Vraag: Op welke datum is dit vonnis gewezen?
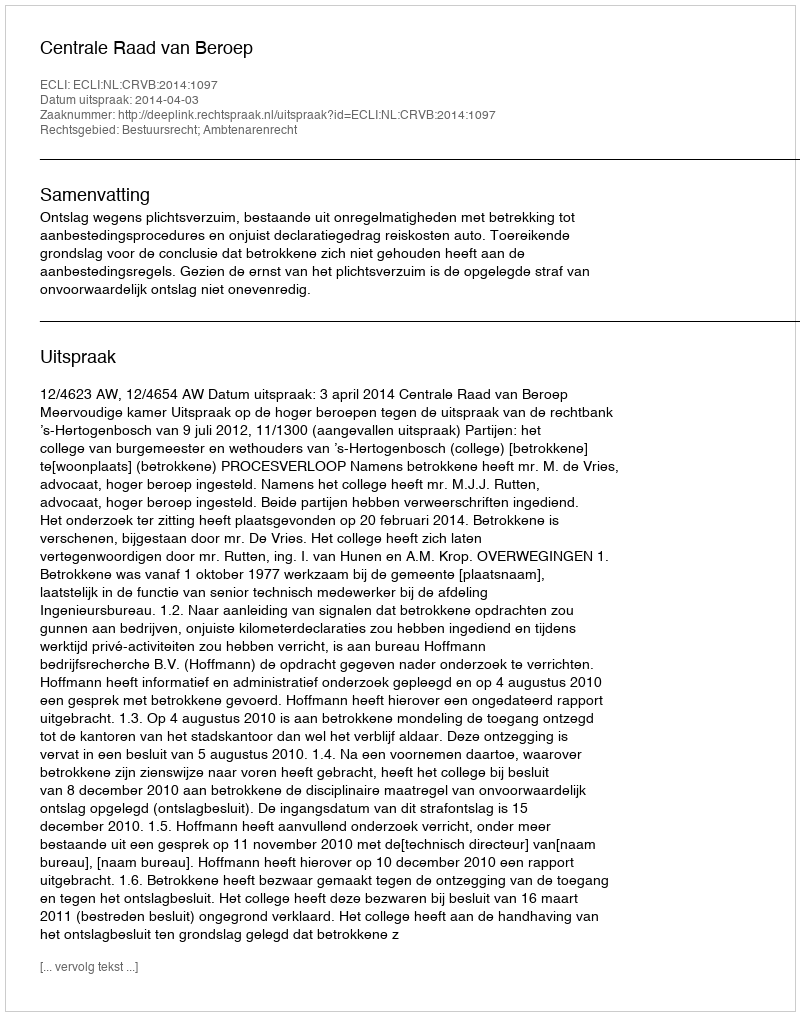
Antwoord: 2014-04-03